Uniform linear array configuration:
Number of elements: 64
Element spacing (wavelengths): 0.75
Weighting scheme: exponential
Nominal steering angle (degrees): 30
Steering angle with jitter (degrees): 30.12
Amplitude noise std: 0.05
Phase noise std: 0.05

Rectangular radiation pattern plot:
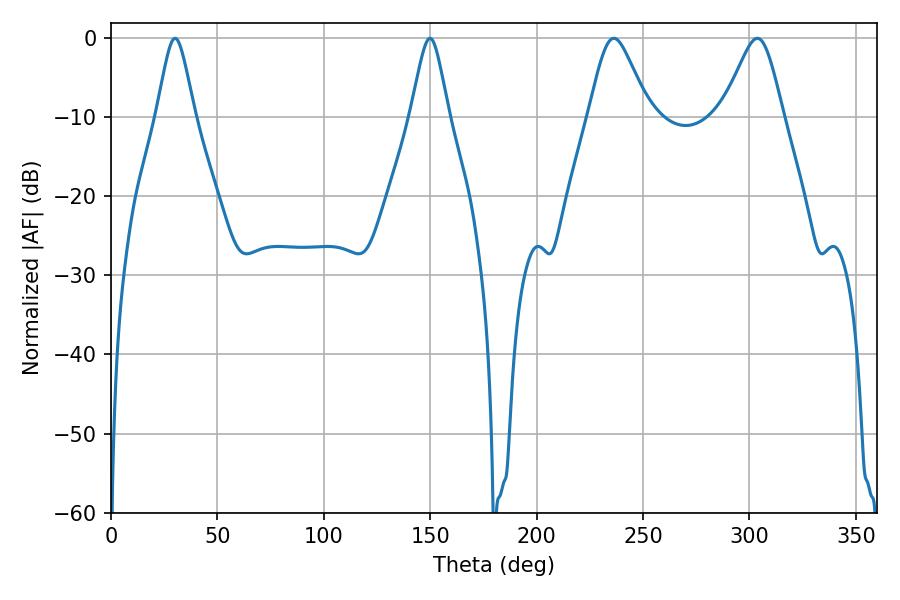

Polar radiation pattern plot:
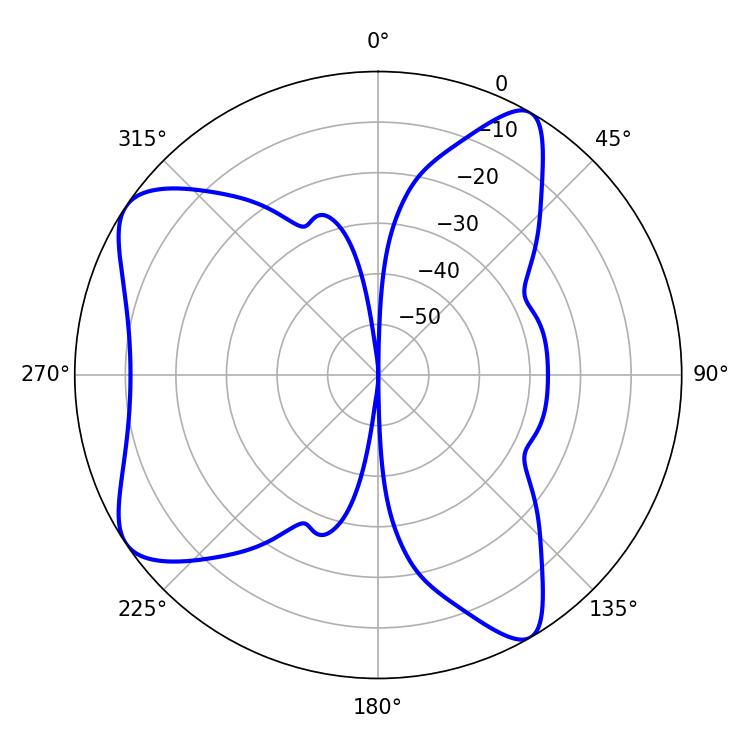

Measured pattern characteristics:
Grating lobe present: TRUE
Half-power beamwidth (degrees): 13.86
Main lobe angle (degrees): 303.66